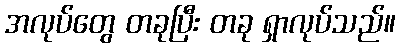
အလုပ်တွေ တခုပြီး တခု ရှာလုပ်သည်။